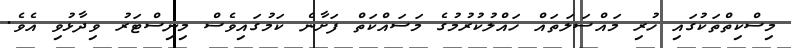
މިސްކިތްތަކުގައި ހުރި މައްސަލަތައް ހައްލުކުރުމުގެ މަސައްކަތް ފަށާނެ ކަމުގައިވެސް މިނިސްޓަރު ވިދާޅުވި އެވެ.